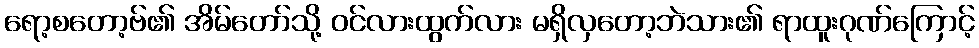
ရော့စတော့ဗ်၏ အိမ်တော်သို့ ဝင်လားထွက်လား မရှိလှတော့ဘဲသား၏ ရာထူးဂုဏ်ကြောင့်